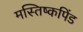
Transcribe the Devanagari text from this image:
मस्तिष्कपिंड